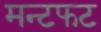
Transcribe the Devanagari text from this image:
मन्टफट